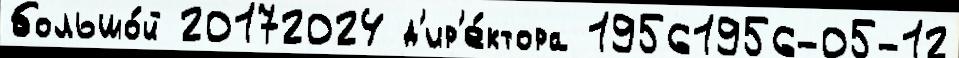
большо́й 20172024 д'ир'е́ктора 19561956-05-12